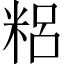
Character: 𥺓